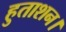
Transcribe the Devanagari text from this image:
हुताशन।